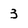
Character: 3